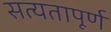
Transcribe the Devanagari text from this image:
सत्यतापूर्ण